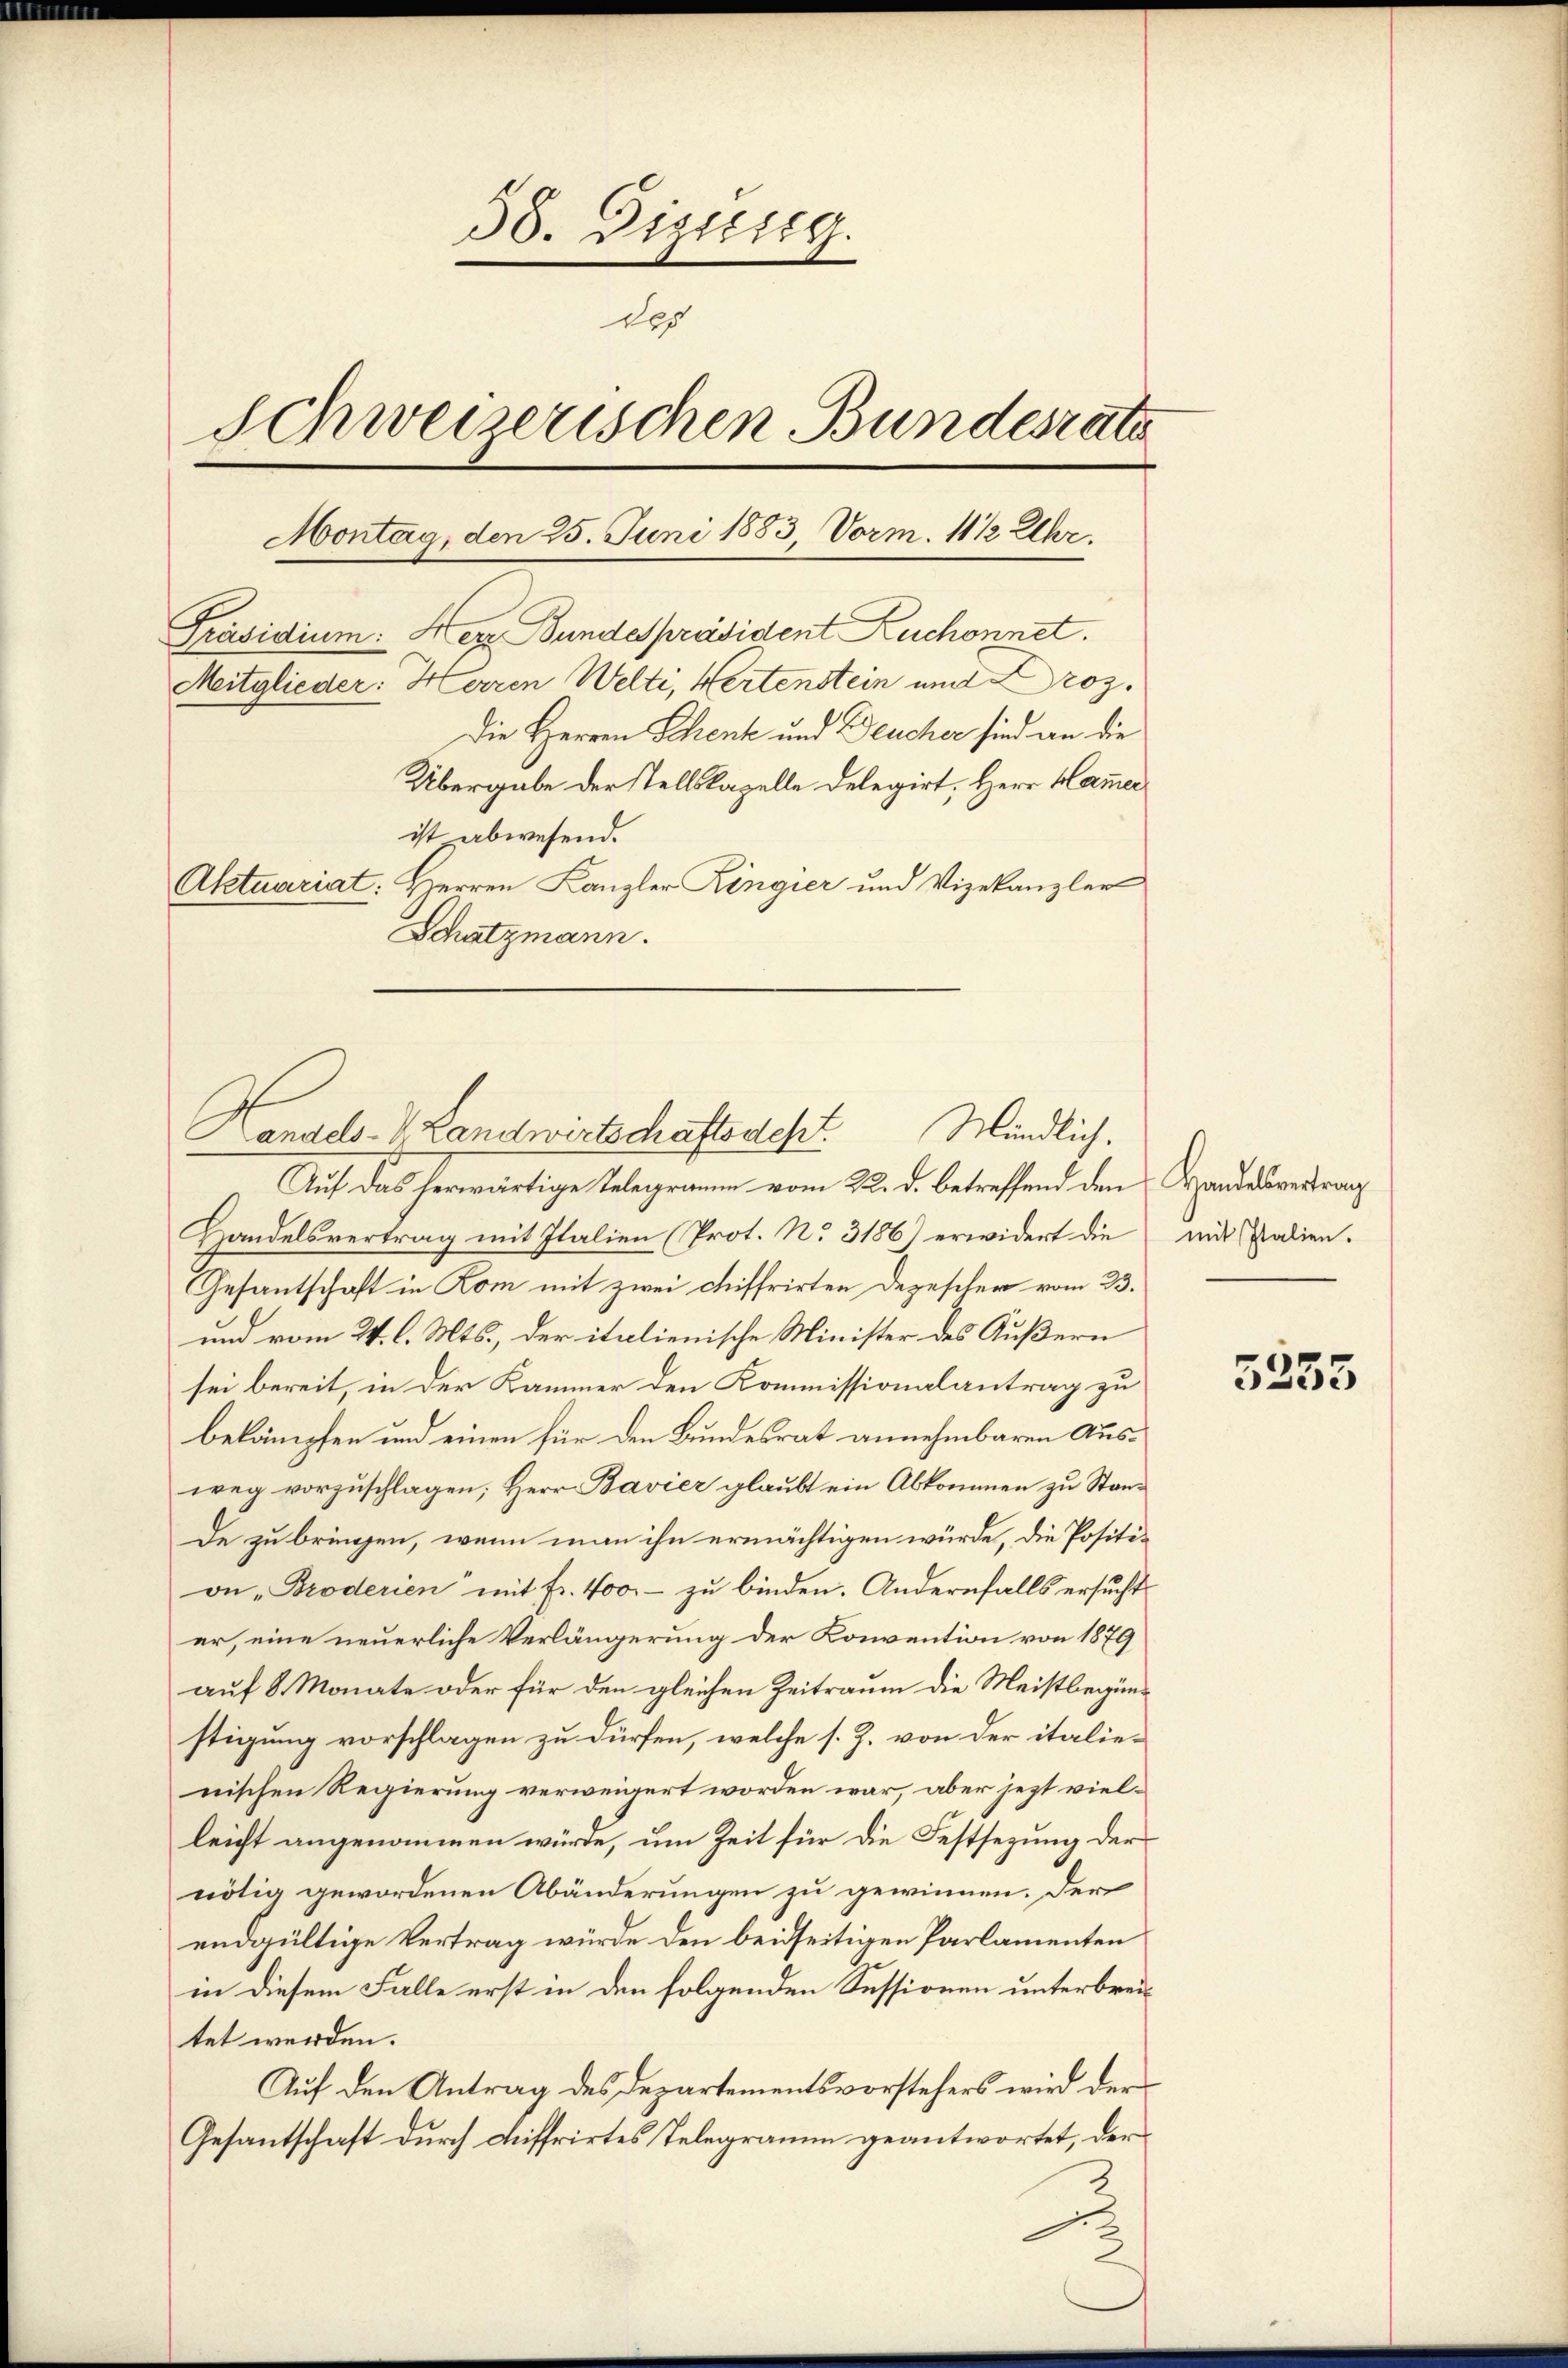
58. Gizuirg.
des
Schweizerischen Bundesrate
Montag, den 25. Juni 1883, Vorm. 11 12 Uhr.
Präsidium. Herr Bundespräsident Zuchonnet.
Meitglieder: Herren Welti, Wertenstein und Proz.
Die Herren Schenk und Feucher sind an die
Übergabe der stellskapelle Delegirt, Herr Hammer
ist abwesend.
Aktuariat: Herren Kanzler Ringier und Vizekanzler
Schatzmann.

Auf das herwärtige Telegramm vom 22. d. betreffend den Handesvertrag
Handelsvertrag mit Italien (Prot. No. 3186) erwidert die mit Palien.
Gesantschaft in Kom mit zwei chiffrirten Depescher vom 23.
und vom 24. l. Mts., der italienische Minister des Äußern
sei bereit, in der Kammer den Kommissionalantrag zu
bekämpfen und einen für den Bundesrat annehmbaren Ausweg vorzuschlagen; Herr Bavier glaubt ein Abkommen zu Stan¬
De zu bringen, wenn man ihn ermächtigen würde, die Position „Broderien“ mit Fr. 400.- zu binden. Andernfalls ersucht
er, eine neuerliche Verlängerung der Konvention von 1879
auf 8 Monate oder für den gleichen Zeitraum die Meistbegünstigung vorschlagen zu dürfen, welche s. Z. von der italienischen Regierung verweigert worden war, aber jezt vielleicht angenommen würde, um Zeit für die Festsezung der
nötig gewordenen Abänderungen zu gewinnen. Der
endgültige Vertrag würde den beidseitigen Parlamenten
in diesem Falle erst in den folgenden Sessionen unterbreitet werden.
Auf den Antrag des Departementsvorstehers wird der
Gesantschaft durch Riffrirtes Telegramm geantwortet, der

Mündlich.
Handels-V. Landwirtschaftsacht.

5255